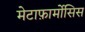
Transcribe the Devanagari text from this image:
मेटाफ़ार्मोसिस